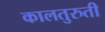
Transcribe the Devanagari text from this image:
कालतुरुती